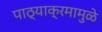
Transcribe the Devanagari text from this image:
पाठ्याक्रमामुळे